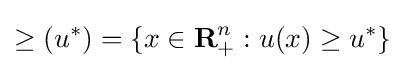
\geq (u^{*})=\{x\in {\textbf {R}}_{+}^{n}:u(x)\geq u^{*}\}